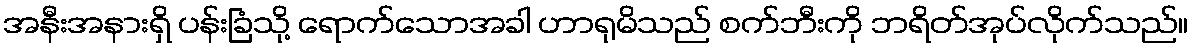
အနီးအနားရှိ ပန်းခြံသို့ ရောက်သောအခါ ဟာရုမိသည် စက်ဘီးကို ဘရိတ်အုပ်လိုက်သည်။